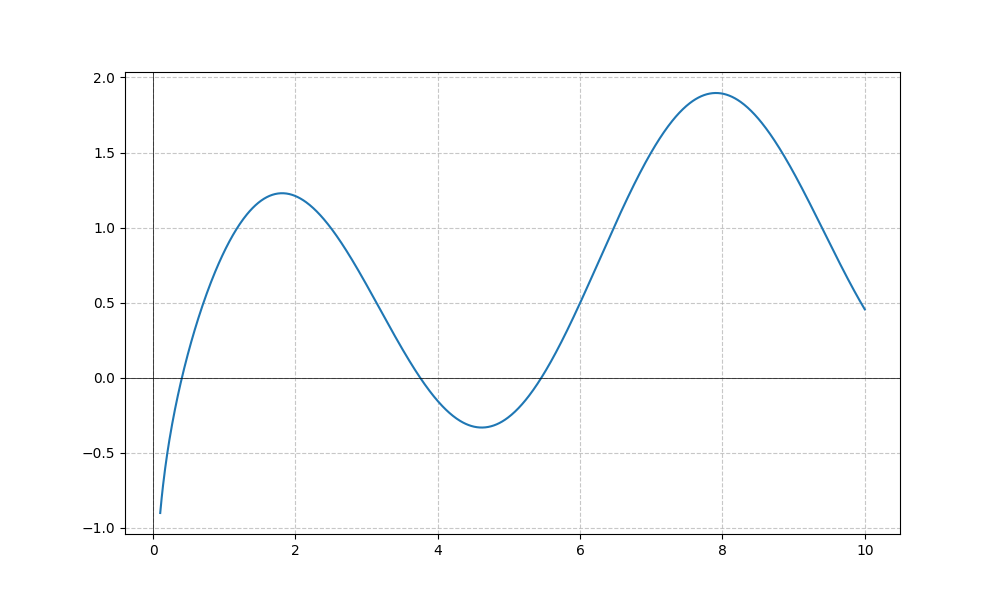
LaTeX formula: \frac{\log{\left(x \right)}}{\log{\left(10 \right)}} + \sin{\left(x \right)}